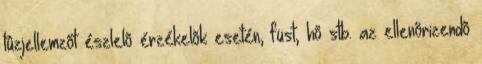
tûzjellemzõt észlelõ érzékelõk esetén, füst, hõ stb. az ellenõrizendõ